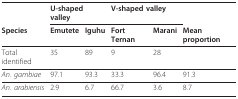
<table><thead><tr><td></td><td colspan="2"><b>U-shaped valley</b></td><td colspan="2"><b>V-shaped valley</b></td><td></td></tr><tr><td><b>Species</b></td><td><b>Emutete</b></td><td><b>Iguhu</b></td><td><b>Fort Ternan</b></td><td><b>Marani</b></td><td><b>Mean proportion</b></td></tr></thead><tbody><tr><td>Total identified</td><td>35</td><td>89</td><td>9</td><td>28</td><td></td></tr><tr><td><i>An. gambiae</i></td><td>97.1</td><td>93.3</td><td>33.3</td><td>96.4</td><td>91.3</td></tr><tr><td><i>An. arabiensis</i></td><td>2.9</td><td>6.7</td><td>66.7</td><td>3.6</td><td>8.7</td></tr></tbody></table>